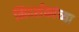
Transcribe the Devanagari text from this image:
निदर्शकांच्या